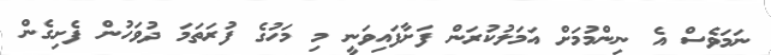
ނަމަވެސް އެ ނިންމުމަށް އަމަލުކުރަން ފަށާފައިވަނީ މި މަހުގެ ފުރަތަމަ ދުވަހުން ފެށިގެން